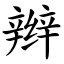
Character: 辫